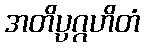
အတိပ္ပဂ္ဂဟိတံ